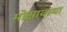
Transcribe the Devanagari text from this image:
मोक्षावस्था